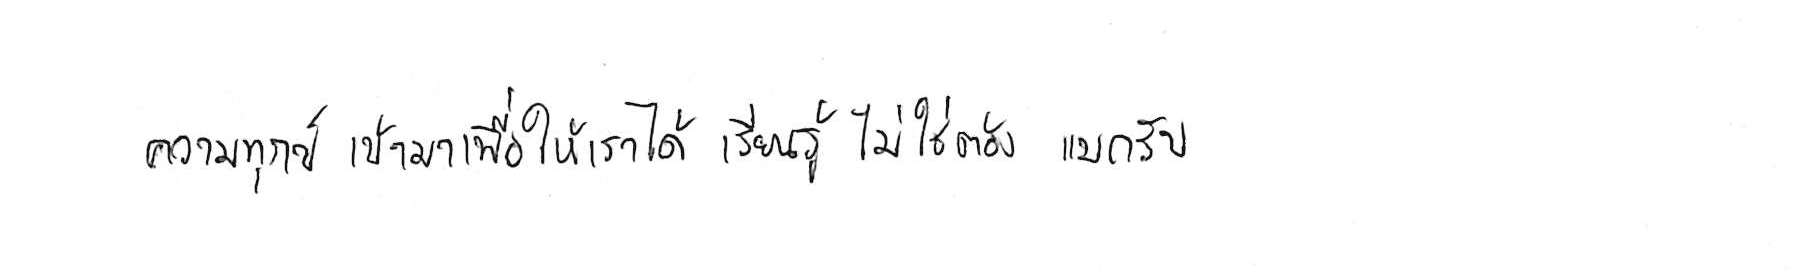
ความทุกข์ เข้ามาเพื่อให้เราได้ เรียนรู้ ไม่ใช่ต้อง แบกรับ